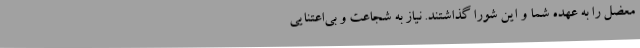
معضل را به عهده شما و این شورا گذاشتند. نیاز به شجاعت و بی‌اعتنایی